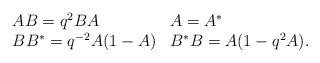
LaTeX: \begin{align*}\begin{array}{ll}AB = q^2 B A & A = A^* \\B B^* = q^{-2} A(1-A) & B^*B = A(1 - q^2 A) .\end{array}\end{align*}